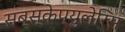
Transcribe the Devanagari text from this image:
सब्स्केप्युलेरिस